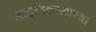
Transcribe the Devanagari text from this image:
आवृत्तिकालाच्या